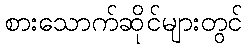
စားသောက်ဆိုင်များတွင်